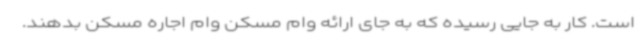
است. کار به جایی رسیده که به جای ارائه وام مسکن وام اجاره مسکن بدهند.